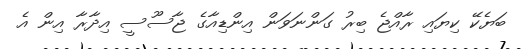
ބަޔެކޭ ކިޔައި ރާއްޖެ ބިރު ގަންނަވަން އިންޑިއާގެ ޖާސޫސީ އިދާރާ އިން އެ